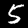
Label: 5